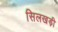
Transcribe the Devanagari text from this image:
सिलखड़ी